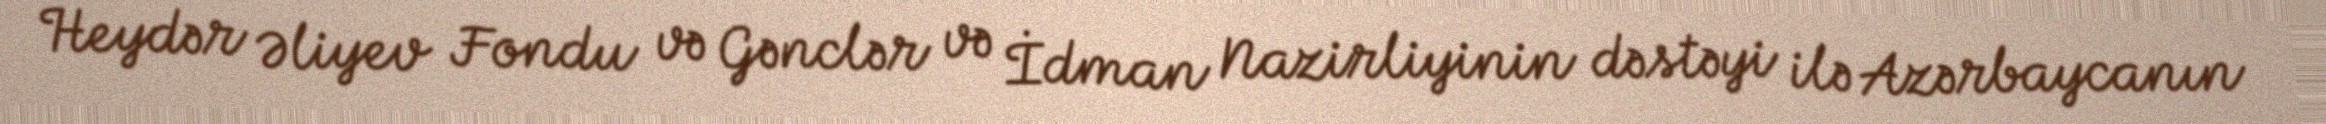
Heydər Əliyev Fondu və Gənclər və İdman Nazirliyinin dəstəyi ilə Azərbaycanın